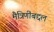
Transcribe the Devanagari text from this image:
मैत्रिणींबद्दल